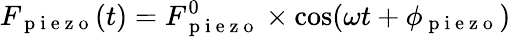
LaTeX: F_{\mathrm{~p~i~e~z~o~}}(t)=F_{\mathrm{~p~i~e~z~o~}}^{0}\times\cos(\omega t+\phi_{\mathrm{~p~i~e~z~o~}})